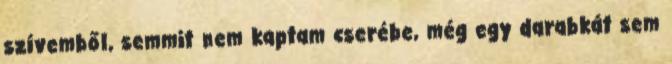
szívemből, semmit nem kaptam cserébe, még egy darabkát sem